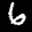
Label: 6